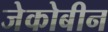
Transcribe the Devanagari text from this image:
जेकोबीन